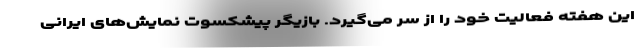
این هفته فعالیت خود را از سر می‌گیرد. بازیگر پیشکسوت نمایش‌های ایرانی